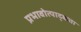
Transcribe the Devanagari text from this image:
प्रभावोत्पाद्कता